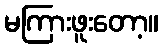
မကြားဖူးတော့။